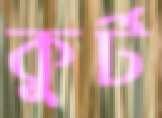
কুর্ট